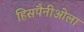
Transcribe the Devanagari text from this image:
हिसपैनीओला